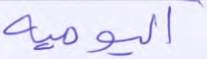
اليومية